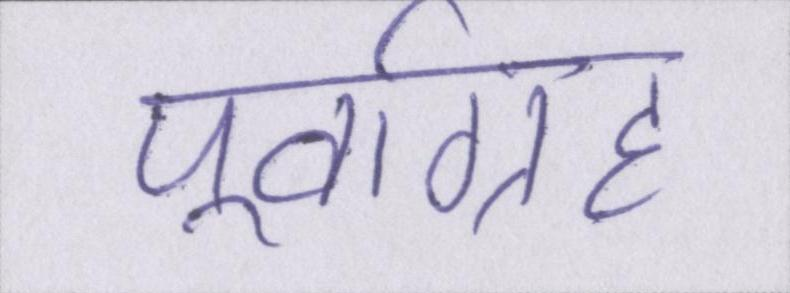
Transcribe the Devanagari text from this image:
पूर्वाग्रह